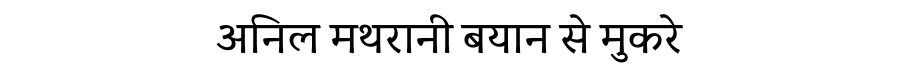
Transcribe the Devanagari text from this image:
अनिल मथरानी बयान से मुकरे